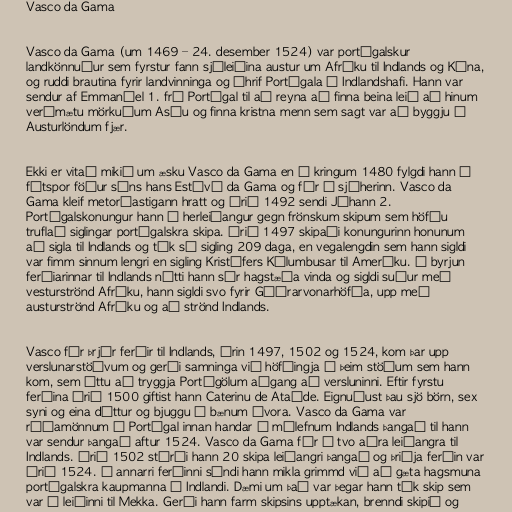
Vasco da Gama

Vasco da Gama (um 1469 – 24. desember 1524) var portúgalskur
landkönnuður sem fyrstur fann sjóleiðina austur um Afríku til Indlands og Kína,
og ruddi brautina fyrir landvinninga og áhrif Portúgala á Indlandshafi. Hann var
sendur af Emmanúel 1. frá Portúgal til að reyna að finna beina leið að hinum
verðmætu mörkuðum Asíu og finna kristna menn sem sagt var að byggju í
Austurlöndum fjær.

Ekki er vitað mikið um æsku Vasco da Gama en í kringum 1480 fylgdi hann í
fótspor föður síns hans Estêvã da Gama og fór í sjóherinn. Vasco da
Gama kleif metorðastigann hratt og árið 1492 sendi Jóhann 2.
Portúgalskonungur hann í herleiðangur gegn frönskum skipum sem höfðu
truflað siglingar portúgalskra skipa. Árið 1497 skipaði konungurinn honunum
að sigla til Indlands og tók sú sigling 209 daga, en vegalengdin sem hann sigldi
var fimm sinnum lengri en sigling Kristófers Kólumbusar til Ameríku. Í byrjun
ferðiarinnar til Indlands nýtti hann sér hagstæða vinda og sigldi suður með
vesturströnd Afríku, hann sigldi svo fyrir Góðrarvonarhöfða, upp með
austurströnd Afríku og að strönd Indlands.

Vasco fór þrjár ferðir til Indlands, árin 1497, 1502 og 1524, kom þar upp
verslunarstöðvum og gerði samninga við höfðingja á þeim stöðum sem hann
kom, sem áttu að tryggja Portúgölum aðgang að versluninni. Eftir fyrstu
ferðina árið 1500 giftist hann Caterinu de Ataíde. Eignuðust þau sjö börn, sex
syni og eina dóttur og bjuggu í bænum Évora. Vasco da Gama var
ráðamönnum í Portúgal innan handar í málefnum Indlands þangað til hann
var sendur þangað aftur 1524. Vasco da Gama fór í tvo aðra leiðangra til
Indlands. Árið 1502 stýrði hann 20 skipa leiðangri þangað og þriðja ferðin var
árið 1524. Í annarri ferðinni sýndi hann mikla grimmd við að gæta hagsmuna
portúgalskra kaupmanna á Indlandi. Dæmi um það var þegar hann tók skip sem
var á leiðinni til Mekka. Gerði hann farm skipsins upptækan, brenndi skipið og